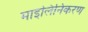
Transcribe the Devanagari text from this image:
माइलिनिकरण